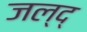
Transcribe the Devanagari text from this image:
जल्द्